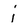
Character: j